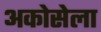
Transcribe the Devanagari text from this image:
अकोसेला